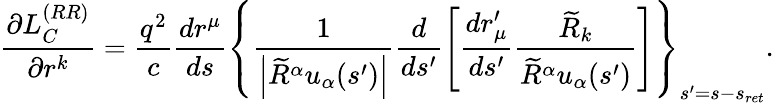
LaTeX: \frac{\partial L_{C}^{(RR)}}{\partial r^{k}}=\frac{q^{2}}{c}\frac{dr^{\mu}}{ds}\left\{ \frac{1}{\left\vert\widetilde{R}^{\alpha}u_{\alpha}(s^{\prime})\right\vert}\frac{d}{ds^{\prime}}\left[\frac{dr_{\mu}^{\prime}}{ds^{\prime}}\frac{\widetilde{R}_{k}}{\widetilde{R}^{\alpha}u_{\alpha}(s^{\prime})}\right]\right\} _{s^{\prime}=s-s_{ret}}.